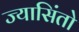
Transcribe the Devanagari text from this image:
ज्यासिंतो